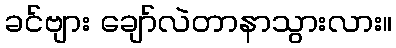
ခင်ဗျား ချော်လဲတာနာသွားလား။